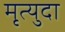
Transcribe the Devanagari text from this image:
मृत्युदा